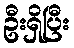
ဦးရှိပြီး